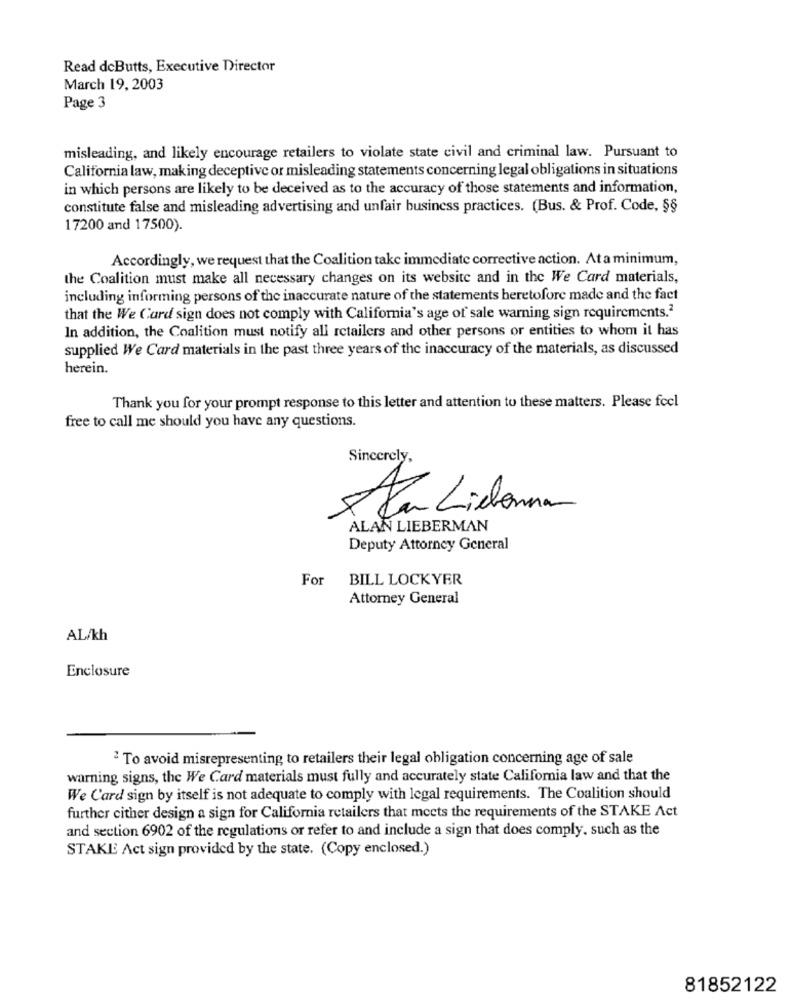
Read dcButts, Executive Director
March 19, 2003
Page 3
misleading, and likely encourage retailers to violate state civil and criminal law. Pursuant to
California law, making deceptive or misleading statements concerning legal obligations in situations
in which persons are likely to be deceived as to the accuracy of those statements and information,
constitute false and misleading advertising and unfair business practices. (Bus. & Prof. Code, §§
17200 and 17500).
Accordingly, we request that the Coalition take immediate corrective action. At a minimum,
the Coalition must make all necessary changes on its website and in the We Card materials,
including informing persons of the inaccurate nature of the statements heretofore made and the fact
that the We Card sign does not comply with California's age of sale warning sign requirements.2
In addition, the Coalition must notify all retailers and other persons or entities to whom it has
supplied We Card materials in the past three years of the inaccuracy of the materials, as discussed
herein.
Thank you for your prompt response to this letter and attention to these matters. Please feel
free to call me should you have any questions.
Sincerely,
Har Liehanna
ALAN LIEBERMAN
Deputy Attorney General
For
BILL LOCK YER
Attorney General
AL/kh
Enclosure
To avoid misrepresenting to retailers their legal obligation concerning age of sale
warning signs, the We Card materials must fully and accurately state California law and that the
We Card sign by itself is not adequate to comply with legal requirements. The Coalition should
further cither design a sign for California retailers that meets the requirements of the STAKE Act
and section 6902 of the regulations or refer to and include a sign that does comply, such as the
STAKE Act sign provided by the state. (Copy enclosed.)
81852122